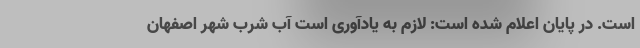
است. در پایان اعلام شده است: لازم به یادآوری است آب شرب شهر اصفهان